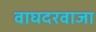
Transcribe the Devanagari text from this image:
वाघदरवाजा